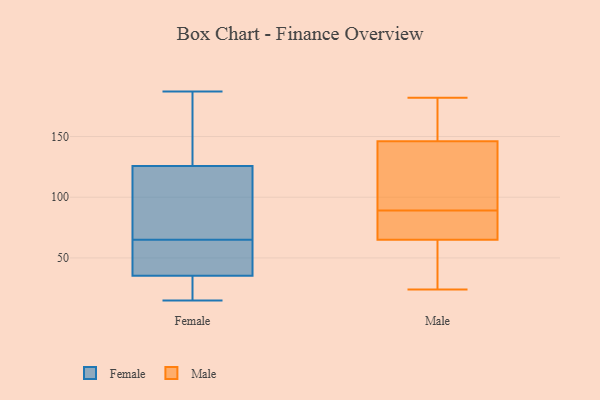
{"axis": {"x": "Population (Million)", "y": "Value"}, "legend": ["Female", "Male"], "data": [{"x": "", "y": 135, "type": "Female"}, {"x": "", "y": 15, "type": "Female"}, {"x": "", "y": 98, "type": "Female"}, {"x": "", "y": 68, "type": "Female"}, {"x": "", "y": 34, "type": "Female"}, {"x": "", "y": 62, "type": "Female"}, {"x": "", "y": 165, "type": "Female"}, {"x": "", "y": 65, "type": "Female"}, {"x": "", "y": 187, "type": "Female"}, {"x": "", "y": 26, "type": "Female"}, {"x": "", "y": 39, "type": "Female"}, {"x": "", "y": 34, "type": "Male"}, {"x": "", "y": 155, "type": "Male"}, {"x": "", "y": 182, "type": "Male"}, {"x": "", "y": 172, "type": "Male"}, {"x": "", "y": 24, "type": "Male"}, {"x": "", "y": 35, "type": "Male"}, {"x": "", "y": 164, "type": "Male"}, {"x": "", "y": 90, "type": "Male"}, {"x": "", "y": 75, "type": "Male"}, {"x": "", "y": 88, "type": "Male"}, {"x": "", "y": 75, "type": "Male"}, {"x": "", "y": 146, "type": "Male"}, {"x": "", "y": 142, "type": "Male"}, {"x": "", "y": 45, "type": "Male"}, {"x": "", "y": 97, "type": "Male"}, {"x": "", "y": 85, "type": "Male"}, {"x": "", "y": 65, "type": "Male"}, {"x": "", "y": 114, "type": "Male"}]}